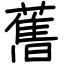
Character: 𦾔